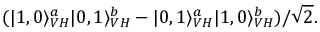
( | 1 , 0 \rangle _ { V H } ^ { a } | 0 , 1 \rangle _ { V H } ^ { b } - | 0 , 1 \rangle _ { V H } ^ { a } | 1 , 0 \rangle _ { V H } ^ { b } ) / { \sqrt { 2 } } .